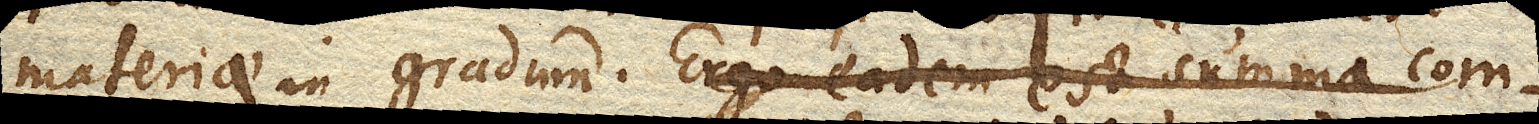
materiae in gradum. ergo eadem est summa com-